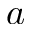
a